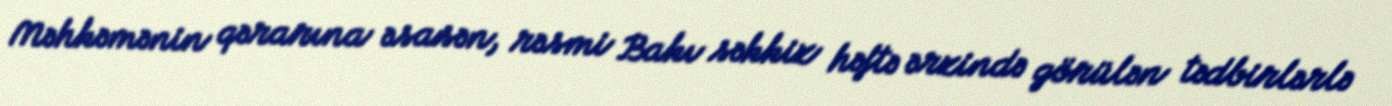
Məhkəmənin qərarına əsasən, rəsmi Bakı səkkiz həftə ərzində görülən tədbirlərlə